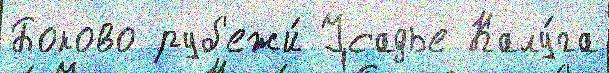
Боково руб'ежи́ Усадье Калу́га